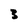
Character: 3